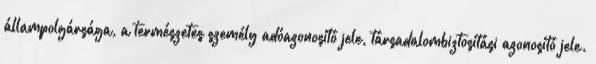
állampolgársága, a természetes személy adóazonosító jele, társadalombiztosítási azonosító jele.